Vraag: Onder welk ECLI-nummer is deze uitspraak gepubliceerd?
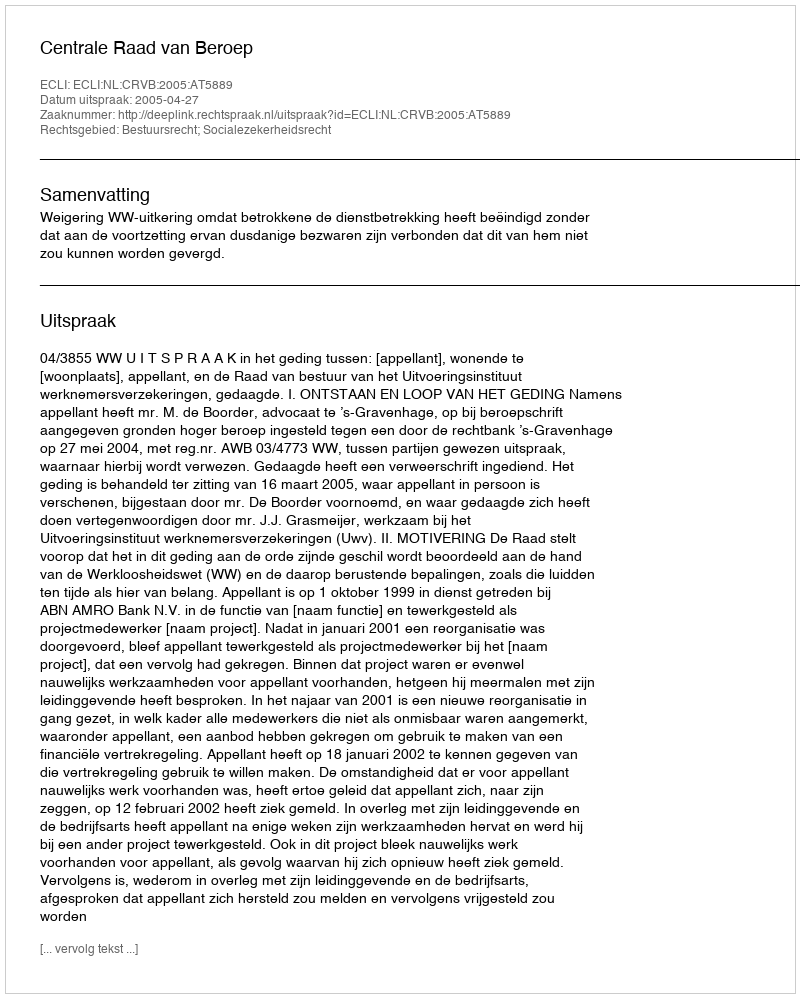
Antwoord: ECLI:NL:CRVB:2005:AT5889